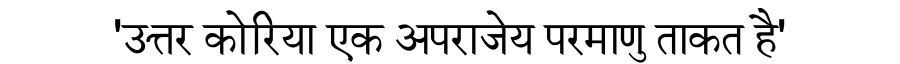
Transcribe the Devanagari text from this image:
'उत्तर कोरिया एक अपराजेय परमाणु ताकत है'